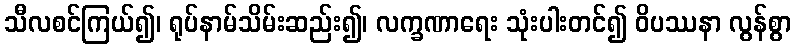
သီလစင်ကြယ်၍၊ ရုပ်နာမ်သိမ်းဆည်း၍၊ လက္ခဏာရေး သုံးပါးတင်၍ ဝိပဿနာ လွန်စွာ